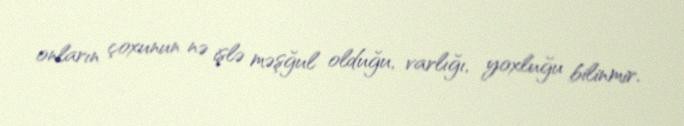
onların çoxunun nə işlə məşğul olduğu, varlığı, yoxluğu bilinmir.